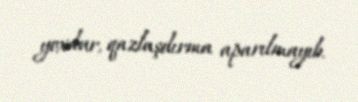
yoxdur, qazlaşdırma aparılmayıb.